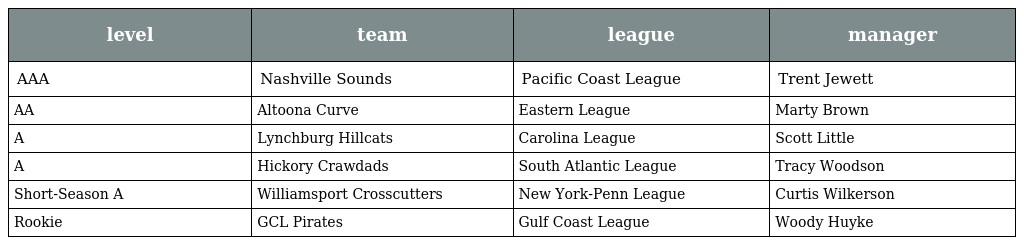
| level | team | league | manager |
 | --- | --- | --- | --- |
 | AAA | Nashville Sounds | Pacific Coast League | Trent Jewett |
 | AA | Altoona Curve | Eastern League | Marty Brown |
 | A | Lynchburg Hillcats | Carolina League | Scott Little |
 | A | Hickory Crawdads | South Atlantic League | Tracy Woodson |
 | Short-Season A | Williamsport Crosscutters | New York-Penn League | Curtis Wilkerson |
 | Rookie | GCL Pirates | Gulf Coast League | Woody Huyke |